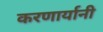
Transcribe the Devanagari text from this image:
करणार्यानी